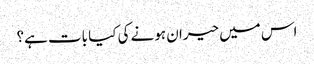
اس میں حیران ہونے کی کیا بات ہے؟